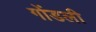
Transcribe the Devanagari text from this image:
गोंडली